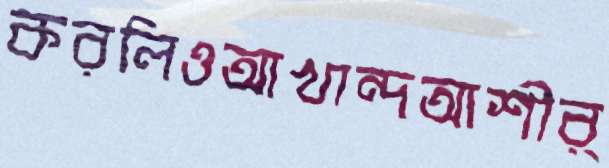
করলিওআখান্দআশীর্